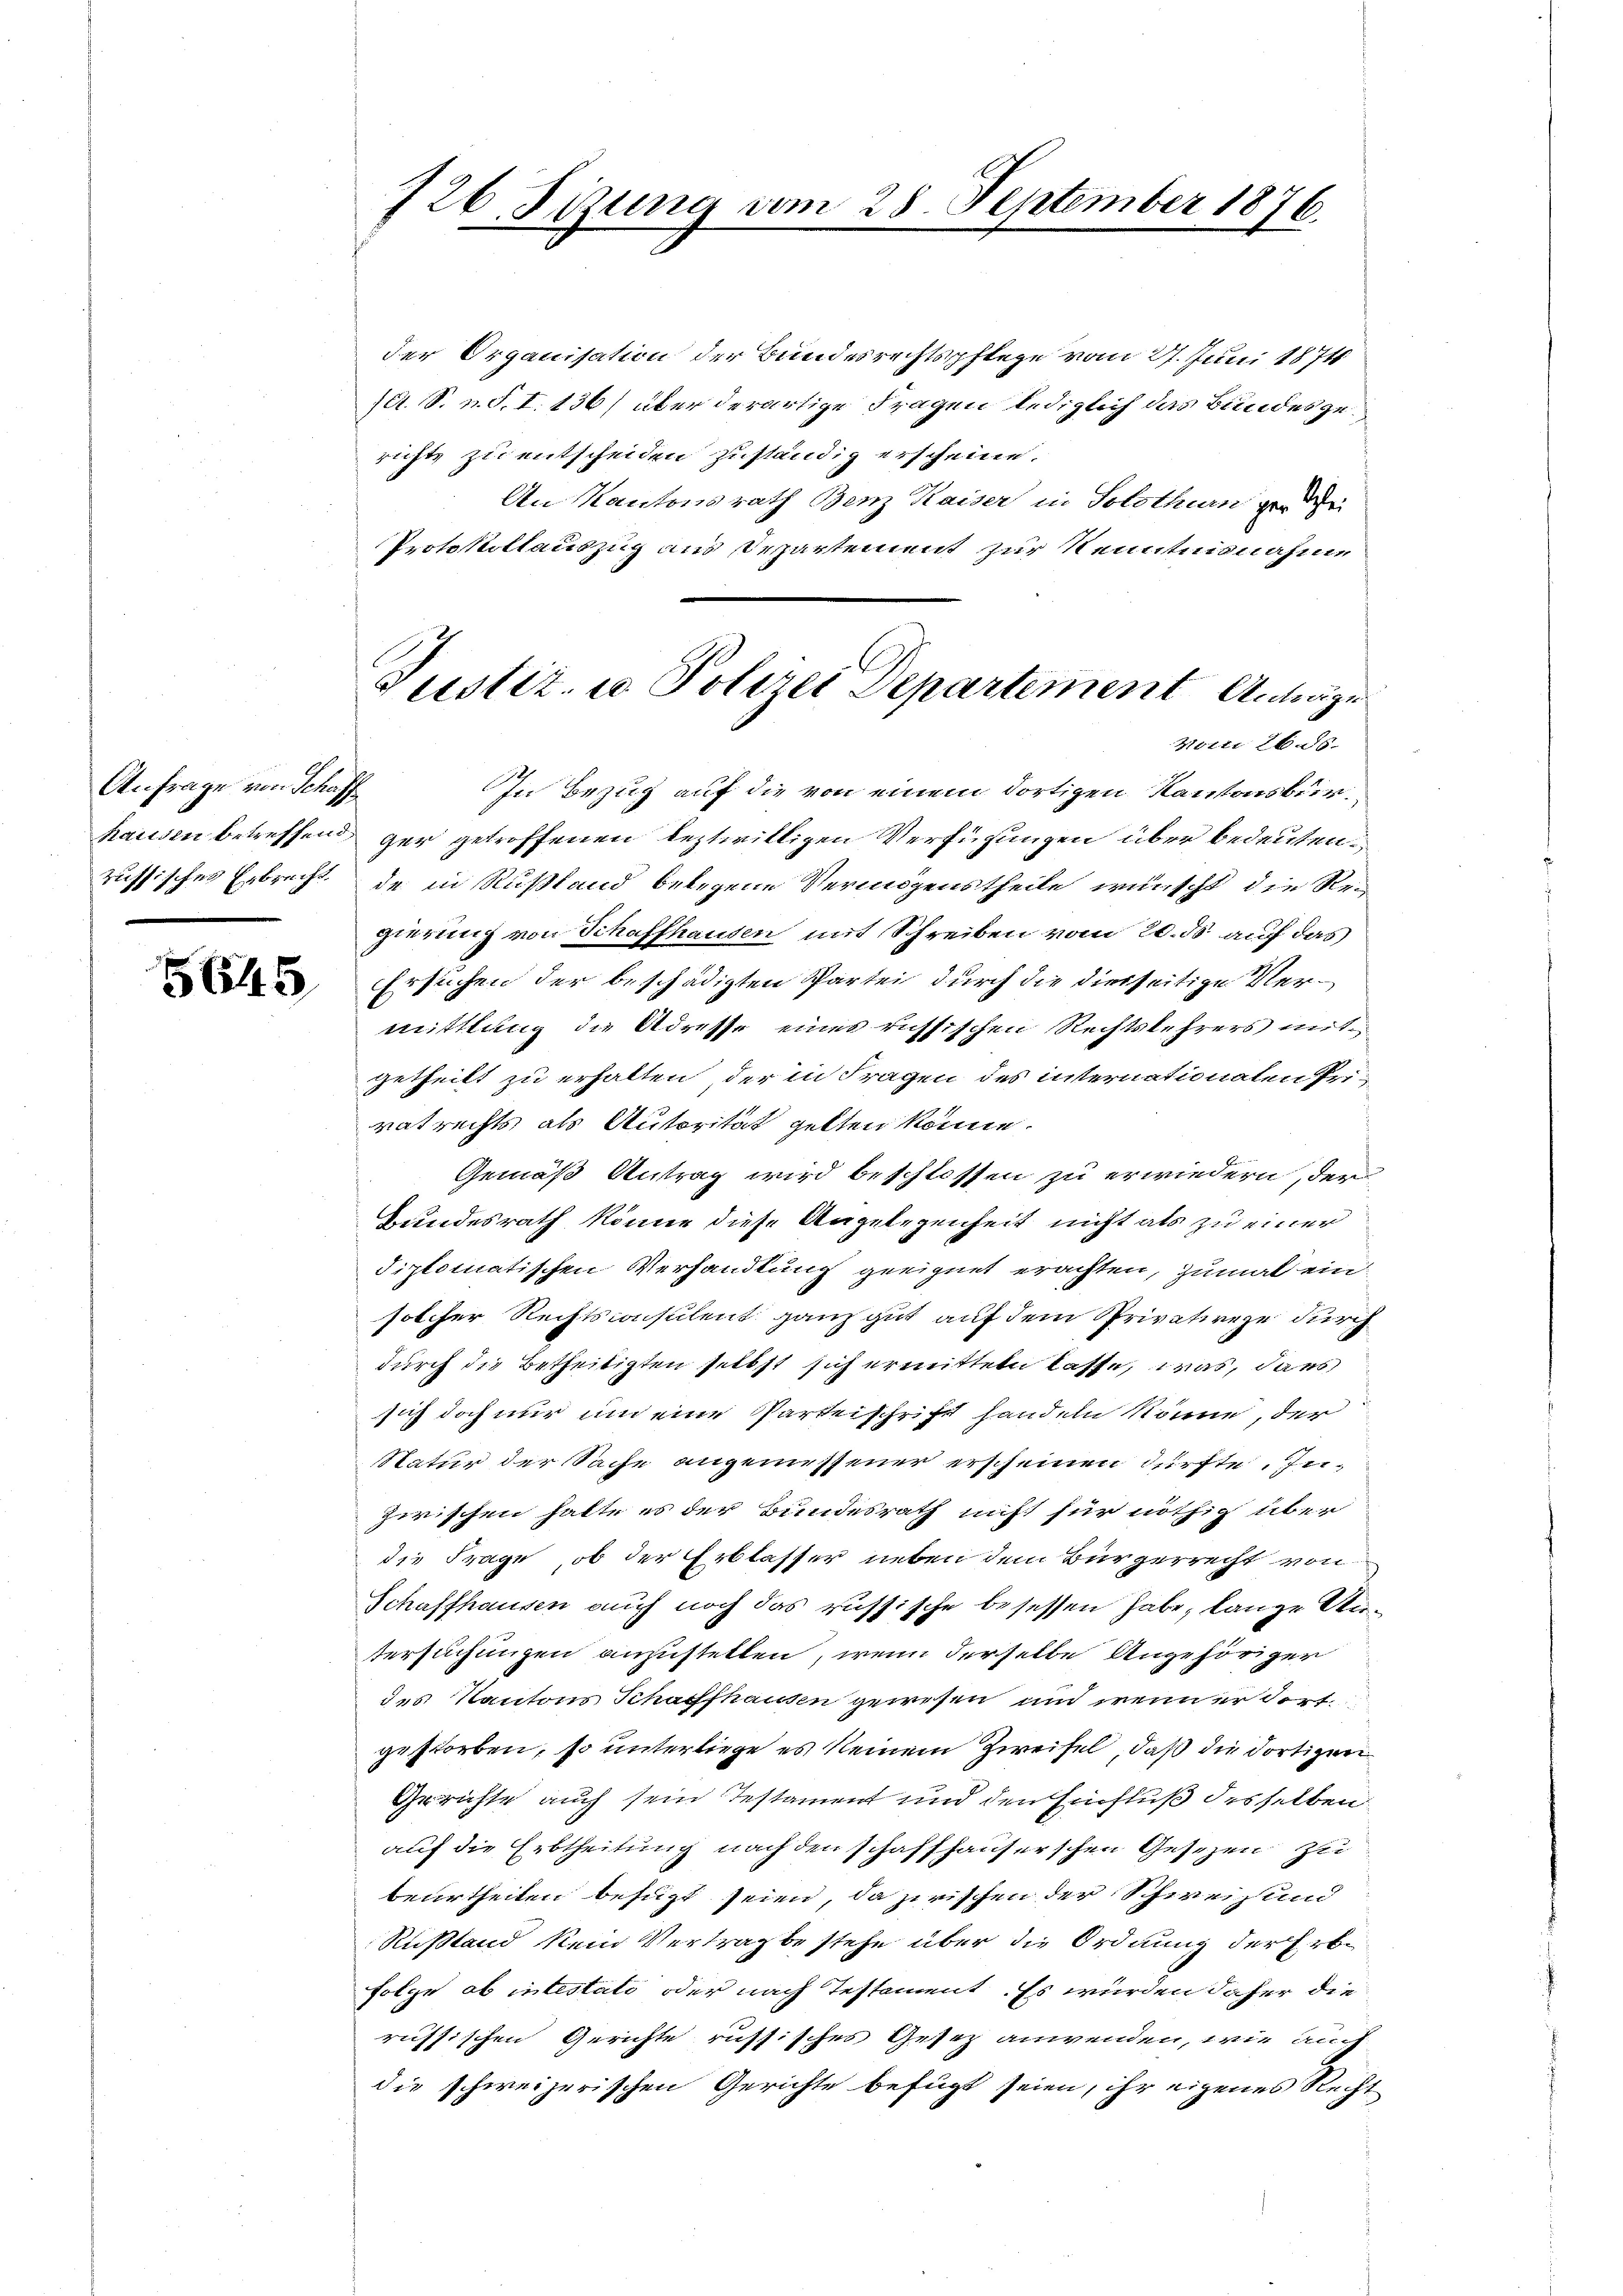
Anfrage von Schaff
russisches Erbrecht.

5645

726 Sizung vom 28. September 1876.

der Organisation der Bundesrechtspflege vom 27. Juni 1871
(lt. S. n. F. I. 136) über derartige Fragen lediglich das Bundesgerichts zu entscheiden zuständig erscheine.
An Kantonsrath Benz Kaiser in Solothurn zu di
Protokollauszug aus Departement zur Kenntnisnahme
In Bezug auf die von einem dortigen Kantonsbürhausen betreffend ger getroffenen leztwilligen Verfügungen über bedeuten.
de in Rußland belegene Vermögenstheile wünscht die Regierung von Schaffhausen mit Schreiben vom 20. ds auf das
Ersuchen der beschädigten Partei durch die diesseitige Vermittlung die Adresse eines russischen Rechtskehrers mitgetheilt zu erhalten, der in Fragen des internationalen Privatrechts als Autorität gelten könne.
Gemäß Antrag wird beschlossen zu erwiedern, der
Bundesrath könne diese Angelegenheit nicht als zu einer
diplomatischen Verhandlung geeignet erachten, zumal ein
solcher Rechtsconsulent ganz gut auf dem Privative durch
durch die Betheiligten selbst sich ermitteln lasse, was, dass
sich doch nur um eine Parteischrift handeln könne, der
Natur der Sache angemessener erscheinen dürfte. Inzwischen hatte es der Bundesrath nicht für nöthig über
die Frage, ob der Erblasser neben dem Bürgerrecht von
Schaffhausen auch noch das russische besessen habe, lange Untersuchungen anzustellen, wenn derselbe Angehöriger
des Kantons Schaffhausen gewesen und wenn er dortgestorben, so unterliege es keinem Zweifel, daß die dortigen
Gerichte auch sein Testament und den Einfluß desselben
auf die Erbtheilung nach den schaffhauserschen Gesezen zu
beurtheiten befugt seien, da zwischen der Schweiz und
Rustand kein Vertrag bestehe über die Ordnung der Erbfolge, ob intestato oder nach Testament. Es wurden daher die
russischen Gerichte russisches Gesetz anwenden, wie auch
die schweizerischen Gerichte befugt seien, ihr eigenes Recht

Justiz- u Polizei Departement Anträge
Vom 26. ds.